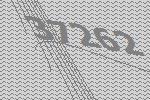
37262